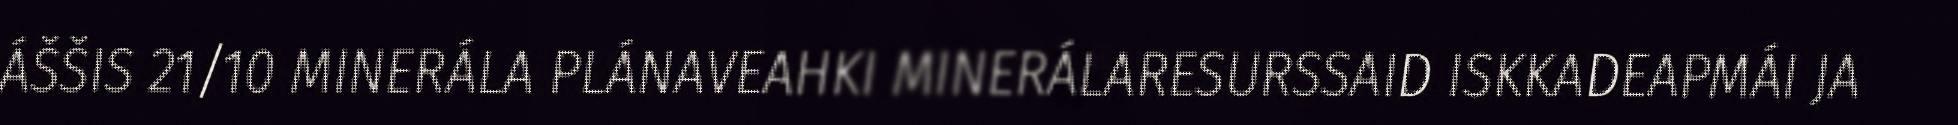
ÁŠŠIS 21/10 MINERÁLA PLÁNAVEAHKI MINERÁLARESURSSAID ISKKADEAPMÁI JA